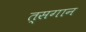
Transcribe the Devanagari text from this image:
त्सगान